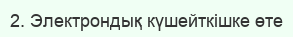
2. Электрондық күшейткішке өте